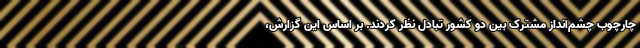
چارچوب چشم‌انداز مشترک بین دو کشور تبادل نظر کردند. بر اساس این گزارش،